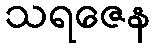
သရဇေန